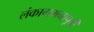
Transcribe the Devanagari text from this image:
लंकागमनापूर्वी